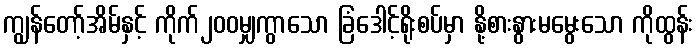
ကျွန်တော့်အိမ်နှင့် ကိုက်၂၀၀မျှကွာသော ခြံဒေါင့်ရိုးစပ်မှာ နို့စားနွားမမွေးသော ကိုထွန်း